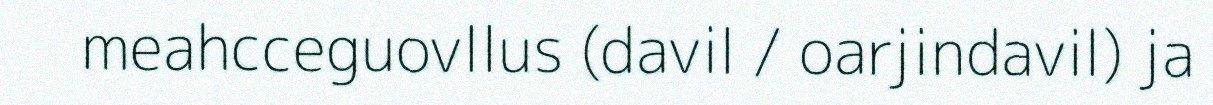
meahcceguovllus (davil / oarjindavil) ja